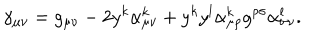
\gamma _ { \mu \nu } = g _ { \mu \nu } - 2 y ^ { k } \alpha _ { \mu \nu } ^ { k } + y ^ { k } y ^ { l } \alpha _ { \mu \rho } ^ { k } g ^ { \rho \sigma } \alpha _ { \sigma \nu } ^ { l } .